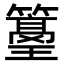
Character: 𥵭